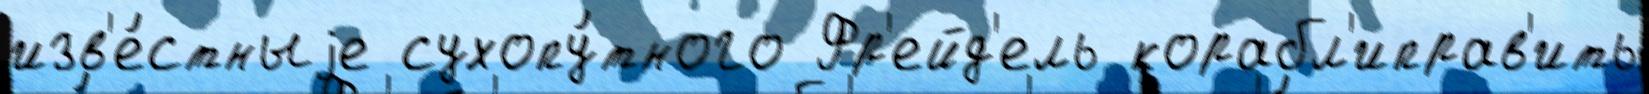
изв'е́стныjе сухопу́тного Фр'ейд'ель корабл'иправ'ить